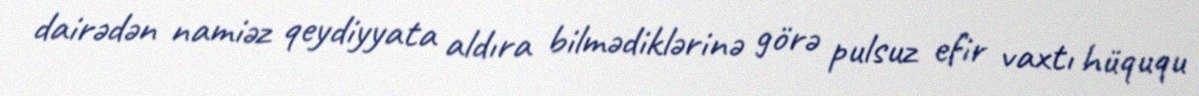
dairədən namiəz qeydiyyata aldıra bilmədiklərinə görə pulsuz efir vaxtı hüququ